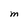
Character: M